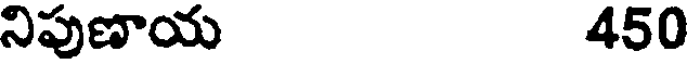
నిపుణాయ 450